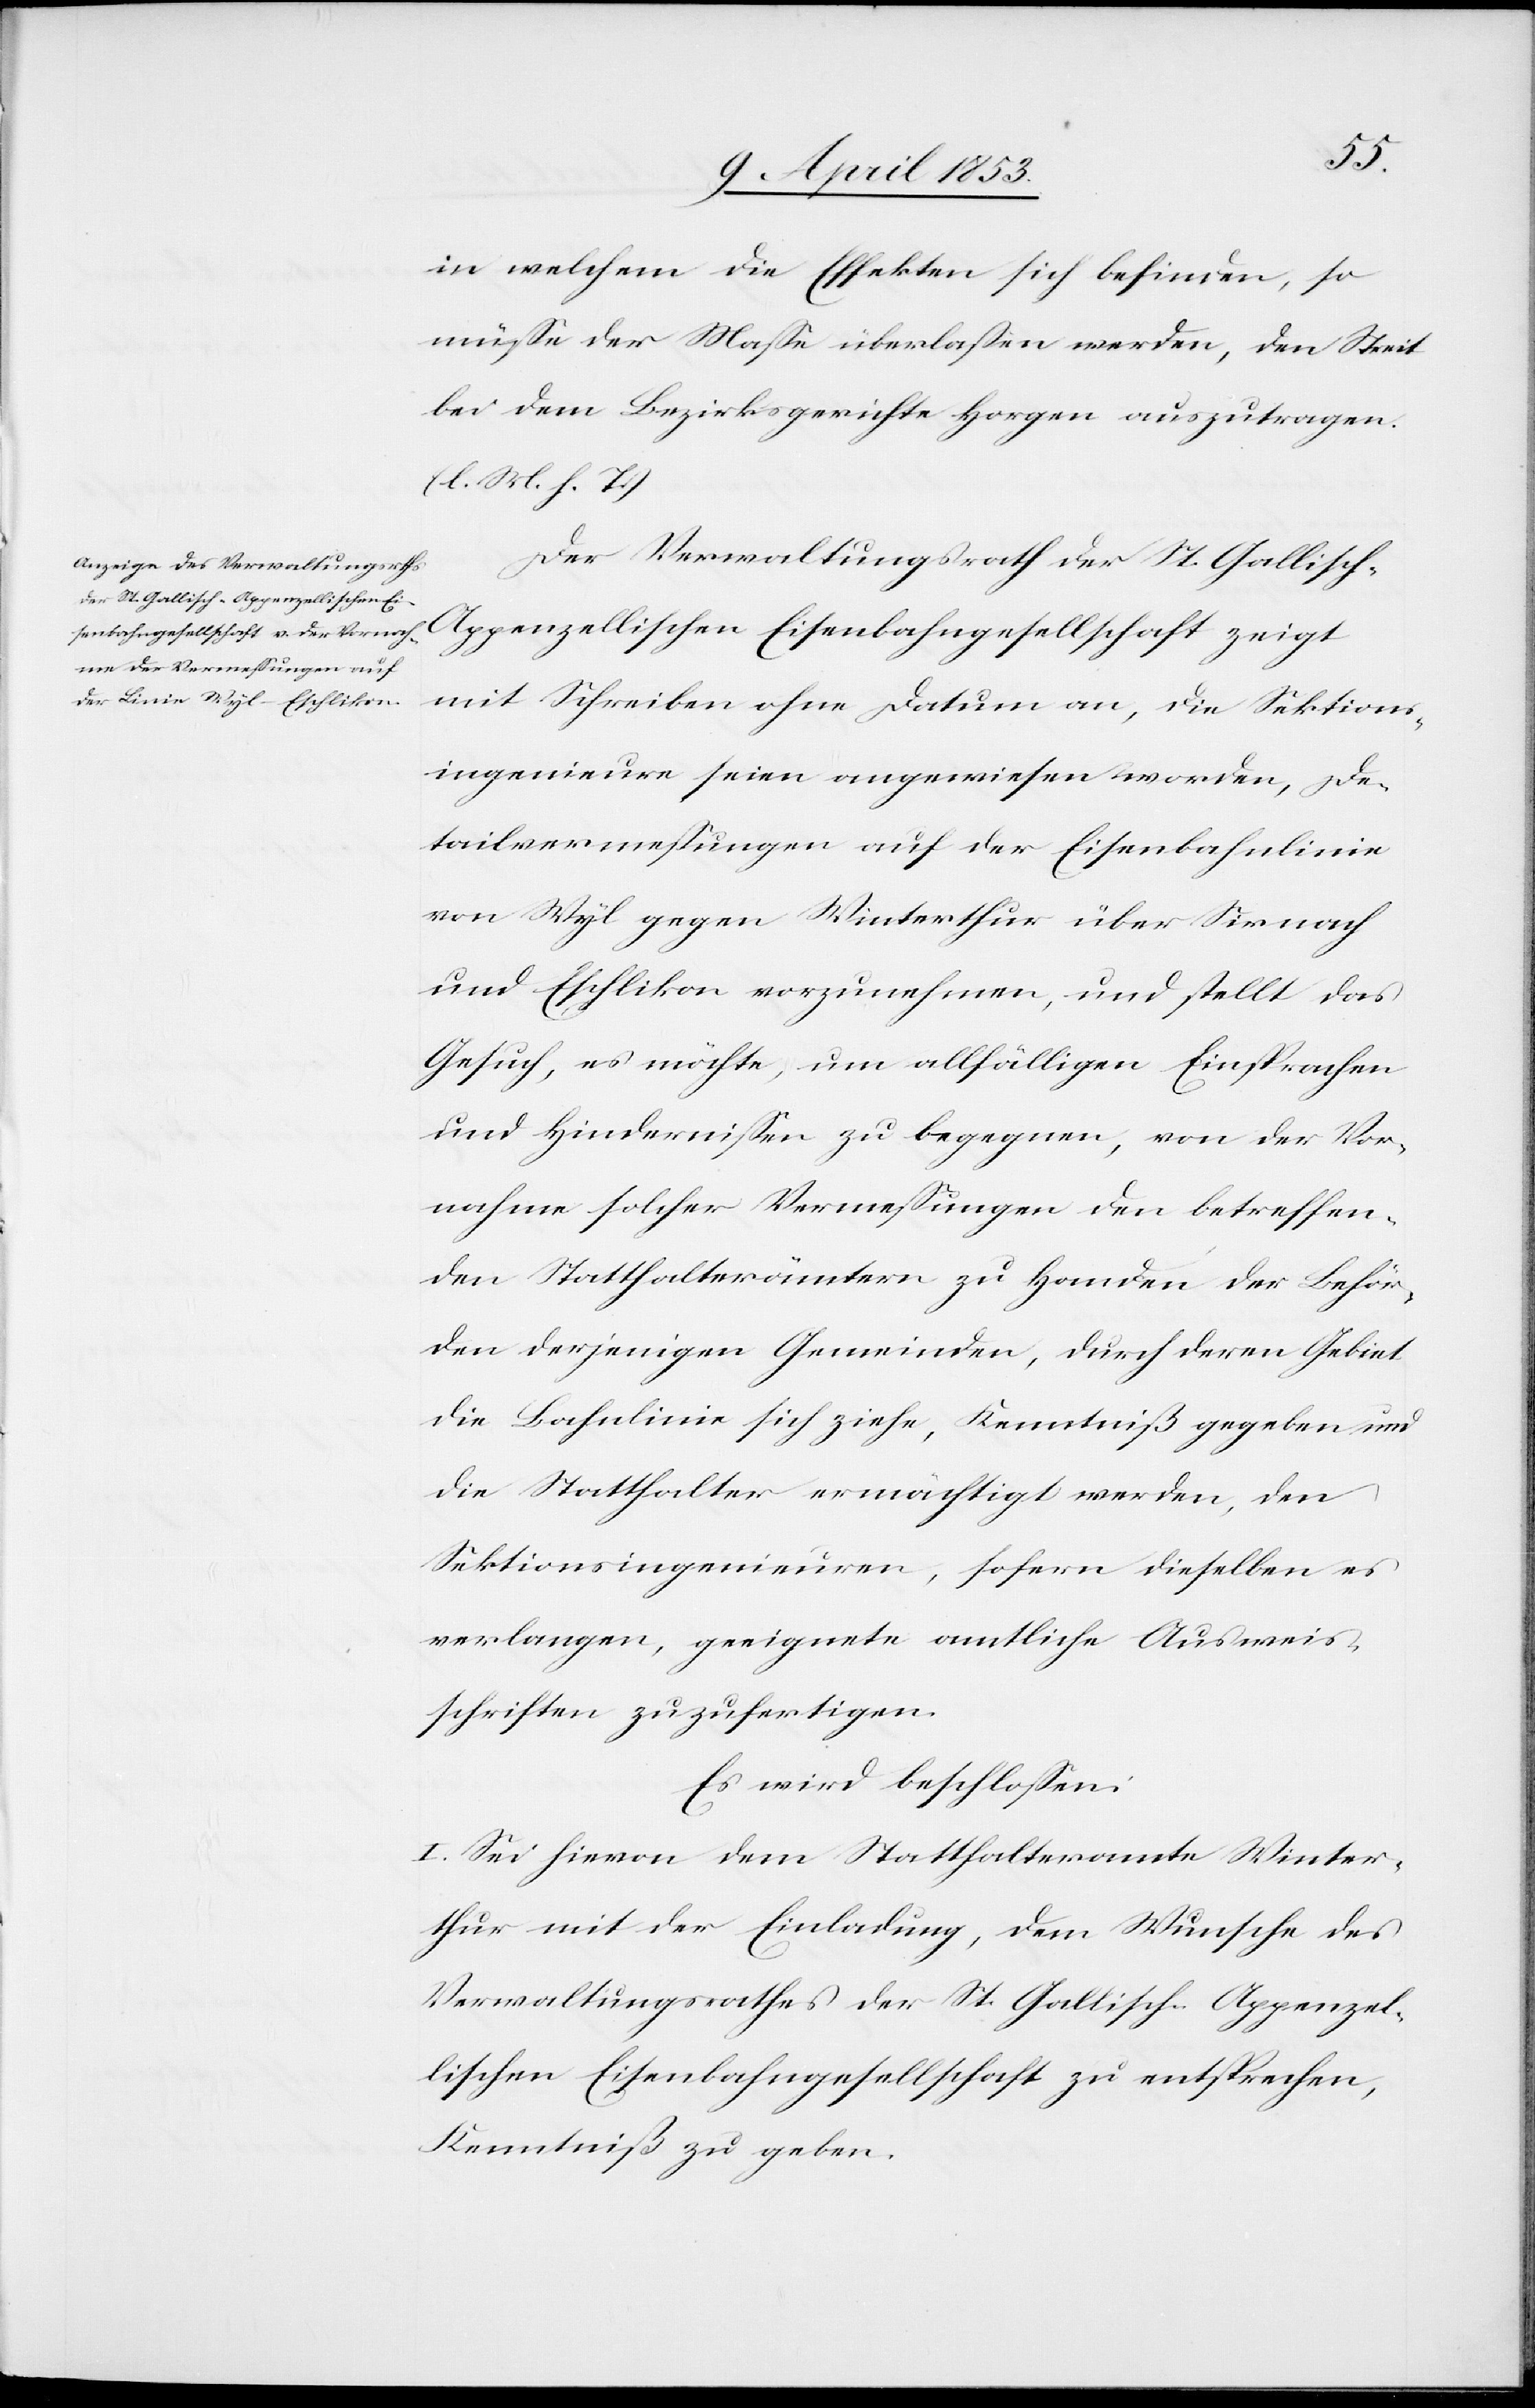
ör¬
in welchem die Effekten sich befinden, so
müße der Maße überlaßen werden, den Streit
bei dem Bezirksgerichte Horgen auszutragen.
[l. M. h. T]
ionsingenieure seien angewiesen worden, De¬
tailvermeßungen auf der Eisenbahnlinie
nach Eschlikon vorzunehmen, und stellt das
Gesuch, es möchte, um allfälligen Einsprachen
und Hindernißen zu begegnen, von der Vor¬
nahme solcher Vermeßungen zu Handen der Beh¬
den derjenigen Gemeinden, durch deren Gebiet
die Bahnlinie sich ziehe, Kenntniß gegeben und
die Statthalter ermächtigt werden, den
Sektionsingenieuren, so fern dieselben es
verlangen, geeignete amtliche Ausweis¬
schriften zuzufertigen.
Es wird beschloßen:
I. Sei hievon dem Statthalteramte Winter¬
thur mit der Einladung, dem Wunsche des
Verwaltungsrathes der St. Gallisch-Appenzel¬
lischen Eisenbahngesellschaft zu entsprechen,
Kenntniß zu geben.